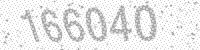
Solution: 166040